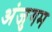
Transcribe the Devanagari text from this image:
अंजुगम